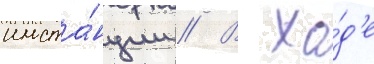
инста́нции // В хо́д'е